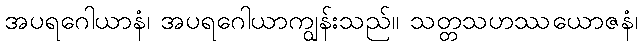
အပရဂေါယာနံ၊ အပရဂေါယာကျွန်းသည်။ သတ္တသဟဿယောဇနံ၊